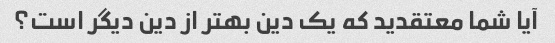
آیا شما معتقدید که یک دین بهتر از دین دیگر است؟